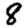
Digit: 8